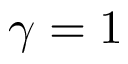
\gamma = 1